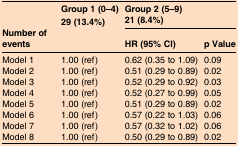
|  | Group 1 (0–4) | <COLSPAN=2> Group 2 (5–9) |
 |  | 29 (13.4%) | <COLSPAN=2> 21 (8.4%) |
 | Number of events |  | HR (95% CI) | p Value |
 | --- | --- | --- | --- |
 | Model 1 | 1.00 (ref) | 0.62 (0.35 to 1.09) | 0.09 |
 | Model 2 | 1.00 (ref) | 0.51 (0.29 to 0.89) | 0.02 |
 | Model 3 | 1.00 (ref) | 0.52 (0.29 to 0.92) | 0.03 |
 | Model 4 | 1.00 (ref) | 0.52 (0.27 to 0.99) | 0.05 |
 | Model 5 | 1.00 (ref) | 0.51 (0.29 to 0.89) | 0.02 |
 | Model 6 | 1.00 (ref) | 0.57 (0.22 to 1.03) | 0.06 |
 | Model 7 | 1.00 (ref) | 0.57 (0.32 to 1.02) | 0.06 |
 | Model 8 | 1.00 (ref) | 0.50 (0.29 to 0.89) | 0.02 |